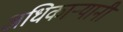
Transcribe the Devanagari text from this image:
अधिकार्‍यानी